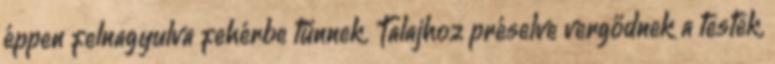
éppen felnagyulva fehérbe tűnnek. Talajhoz préselve vergődnek a testek,